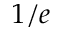
1 / e